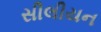
સીલીયન